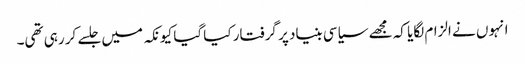
انہوں نے الزام لگایا کہ مجھے سیاسی بنیاد پر گرفتار کیا گیا کیونکہ میں جلسے کر رہی تھی۔